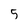
Character: 5